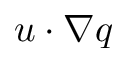
u \cdot \nabla q